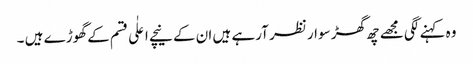
وہ کہنے لگی مجھے چھ گھڑ سوار نظر آرہے ہیں ان کے نیچے اعلٰی قسم کے گھوڑے ہیں ۔